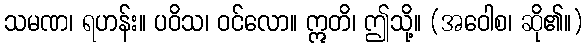
သမဏ၊ ရဟန်း။ ပဝိသ၊ ဝင်လော။ ဣတိ၊ ဤသို့။ (အဝေါစ၊ ဆို၏။)